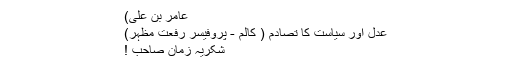
عامر بن علی)
عدل اور سیاست کا تصادم ( کالم - پروفیسر رفعت مظہر)
شکریہ زمان صاحب !